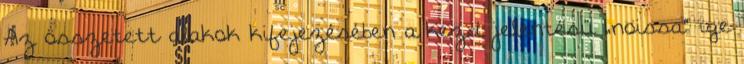
Az összetett alakok kifejezésében a kezd jelentésű „noissa” ige